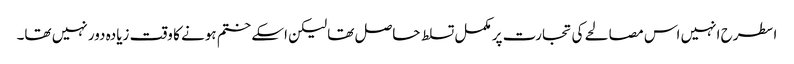
اسطرح انہیں اس مصالحے کی تجارت پر مکمل تسلط حاصل تھا لیکن اسکے ختم ہونے کا وقت زیادہ دور نہیں تھا۔